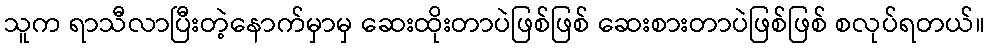
သူက ရာသီလာပြီးတဲ့နောက်မှာမှ ဆေးထိုးတာပဲဖြစ်ဖြစ် ဆေးစားတာပဲဖြစ်ဖြစ် စလုပ်ရတယ်။